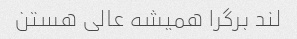
لند برگرا همیشه عالی هستن